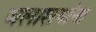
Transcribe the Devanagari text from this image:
जलाशयांना